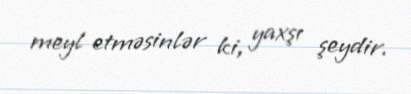
meyl etməsinlər ki, yaxşı şeydir.